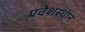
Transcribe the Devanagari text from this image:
प्रवेशस्थान